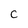
Character: c